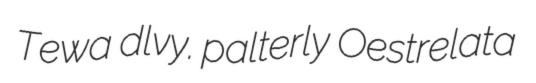
Tewa dlvy. palterly Oestrelata